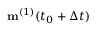
\mathbf { m } ^ { ( 1 ) } ( t _ { 0 } + \Delta t )